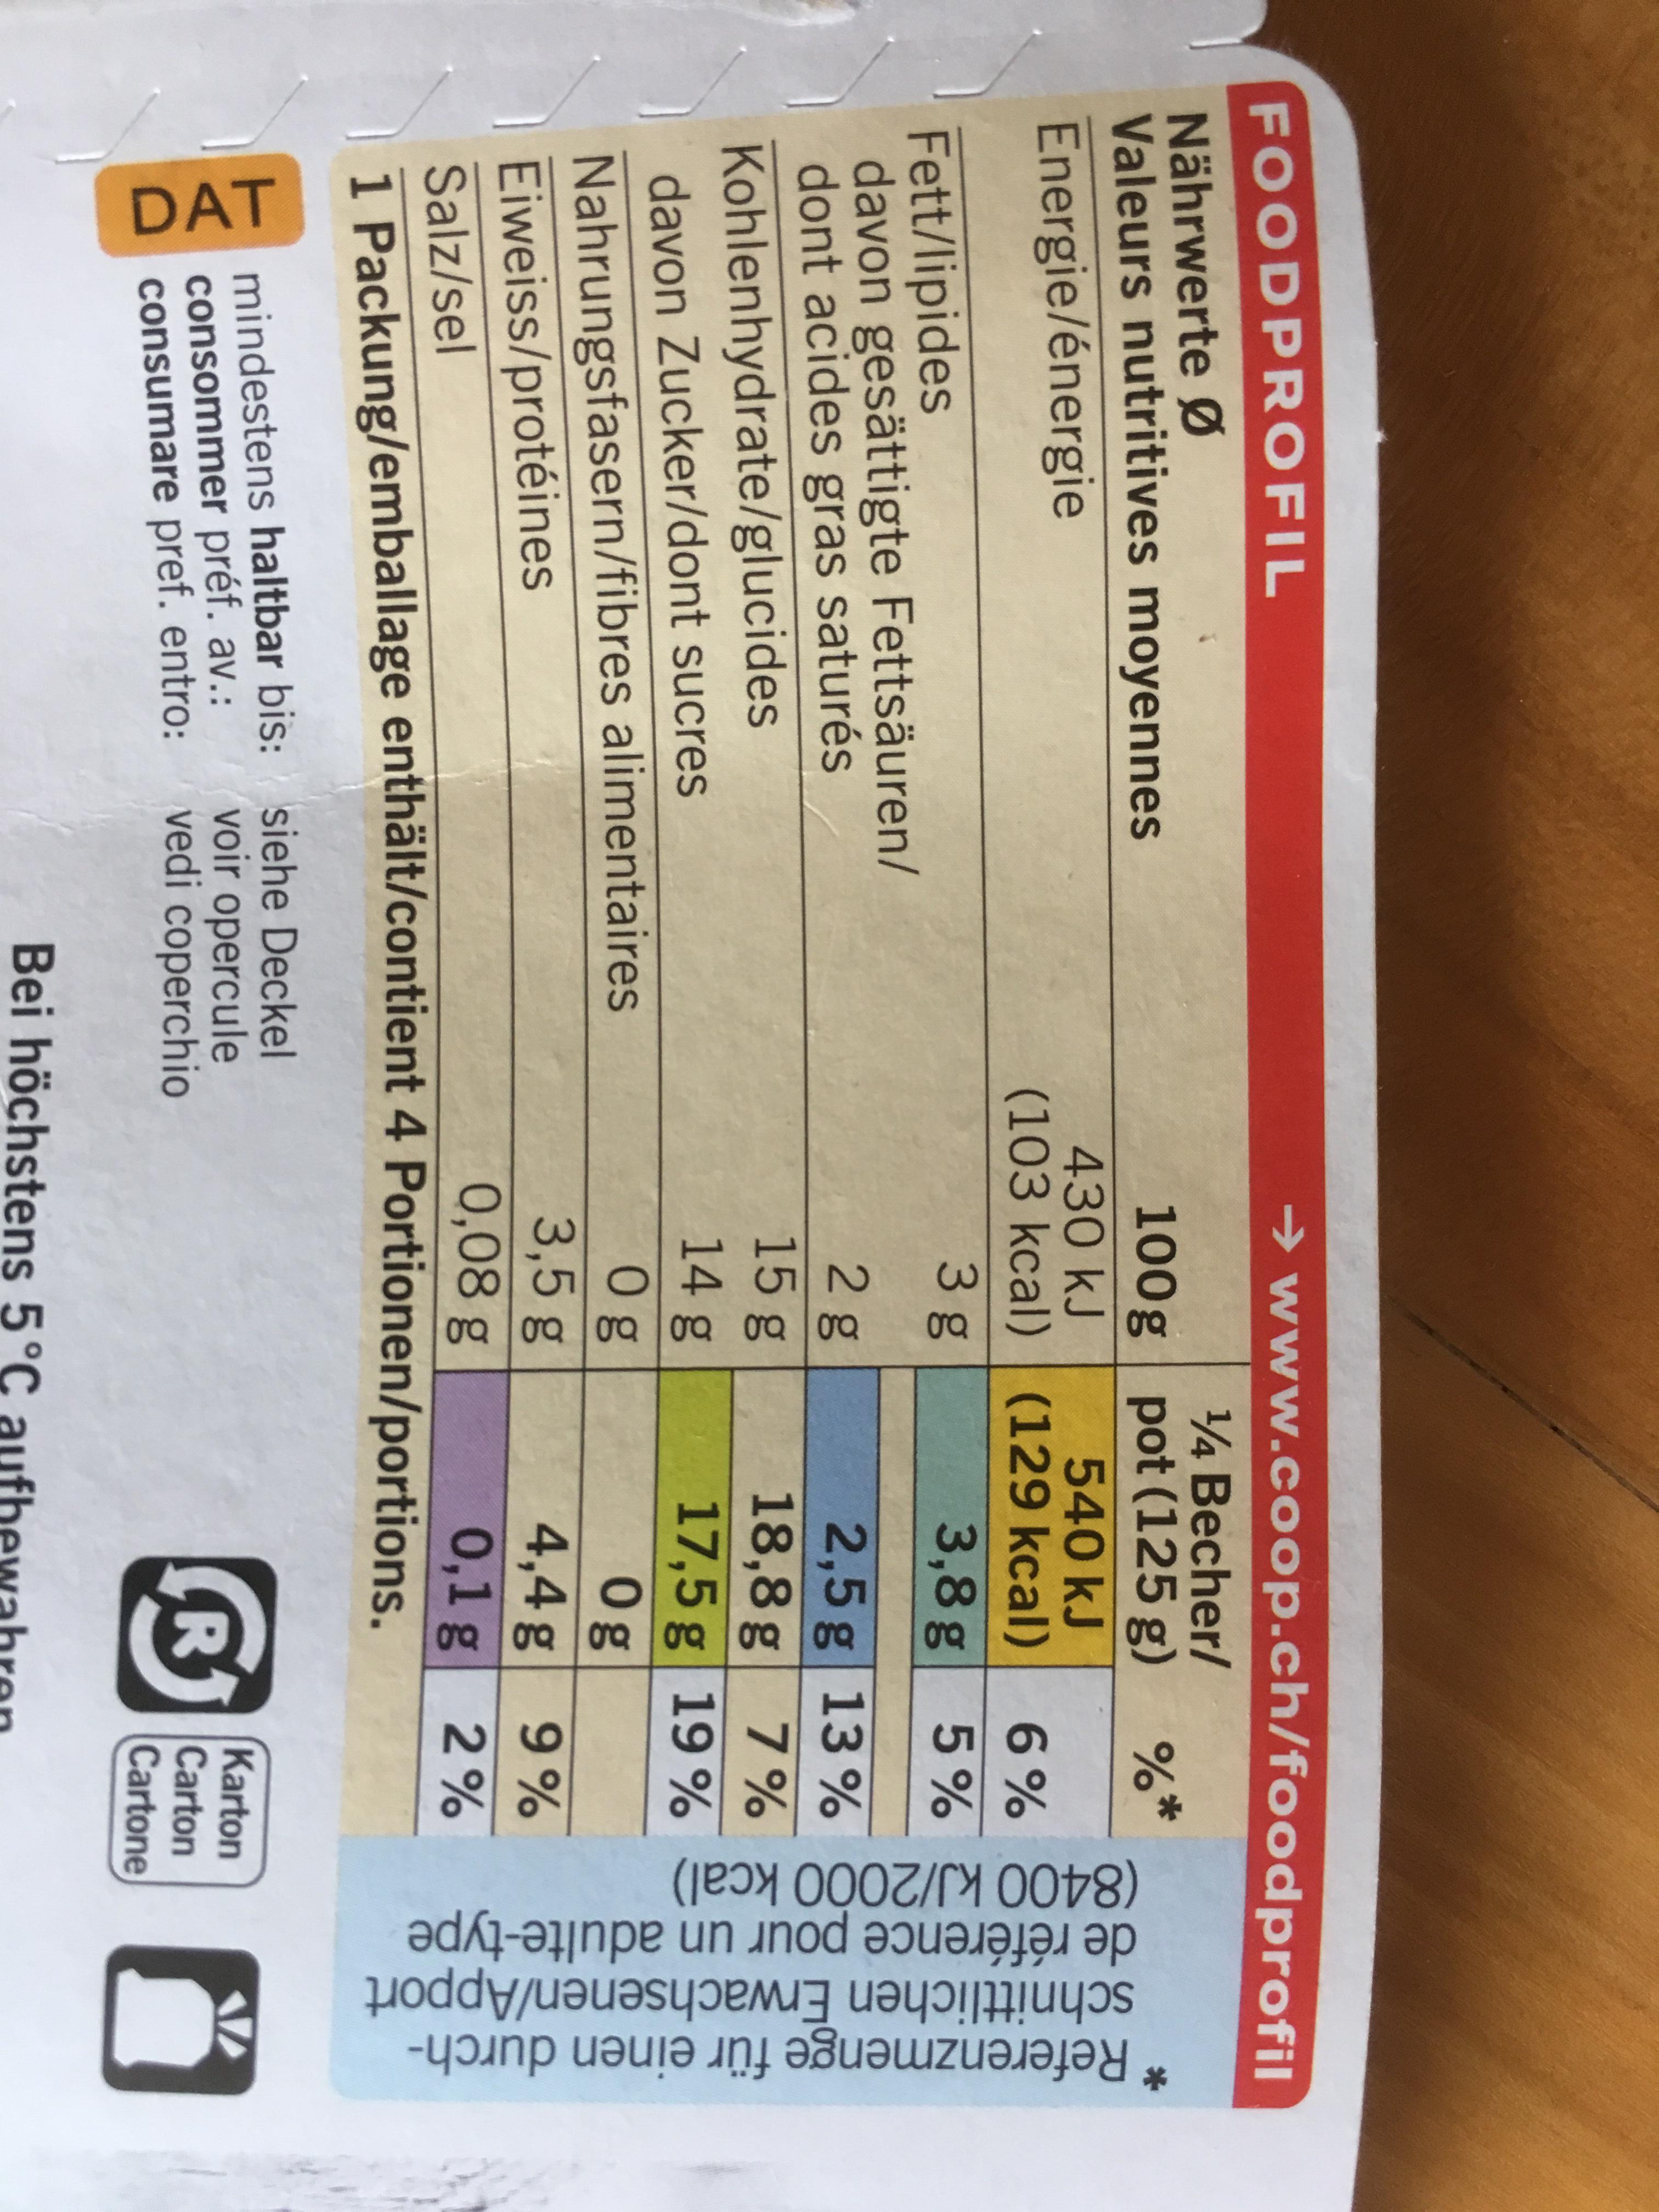
Referenzmenge für einen durch- schnittlichen Erwachsenen/Apport de référence pour un adulte-type (8400KJ/2000 kcal) DAT FOODPR OFIL → www.coop.ch/foodprofil 14 Becher/ Nährwerte Ø Valeurs nutritives moyennes 100g pot (125 g) %* 430 kJ 540 kJ Energie/énergie 6 % (103kcal) (129 kcal) 3 g 3,8g 5% Fett/lipides davon gesättigte Fettsäuren/ dont acides gras saturés Kohlenhydrate/glucides davon Zucker/dont sucres 2,5g 13% 18,8 g 7% 17,5 g 19 % 2g 15g 14g Nahrungsfasern/fibres alimentaires Eiweiss/protéines 0g 3,5 g 0,08g 4,4 g 9% 0,1 g 2% Salz/sel 1 Packung/emballage enthält/contient 4 Portionen/portions. mindestens haltbar bis: siehe Deckel consommer préf. av.: consumare pref. entro: voir opercule vedi coperchio Karton Carton Cartone Bei höchstens 5°C au